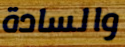
والسادة